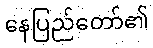
နေပြည်တော်၏